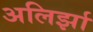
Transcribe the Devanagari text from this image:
अलिर्झा